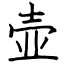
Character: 壶